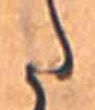
た